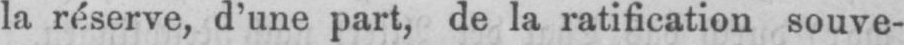
la réserve, d’une part, de la ratification souve-